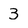
Character: 3